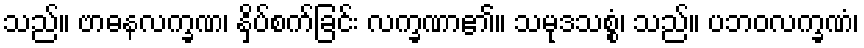
သည်။ ဗာဓနလက္ခဏ၊ နှိပ်စက်ခြင်း လက္ခဏာ၏။ သမုဒသစ္စံ၊ သည်။ ပဘဝလက္ခဏံ၊